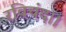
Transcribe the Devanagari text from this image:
रविचंद।।